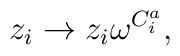
z_{i}\rightarrow z_{i}\omega ^{C_{i}^{a}},